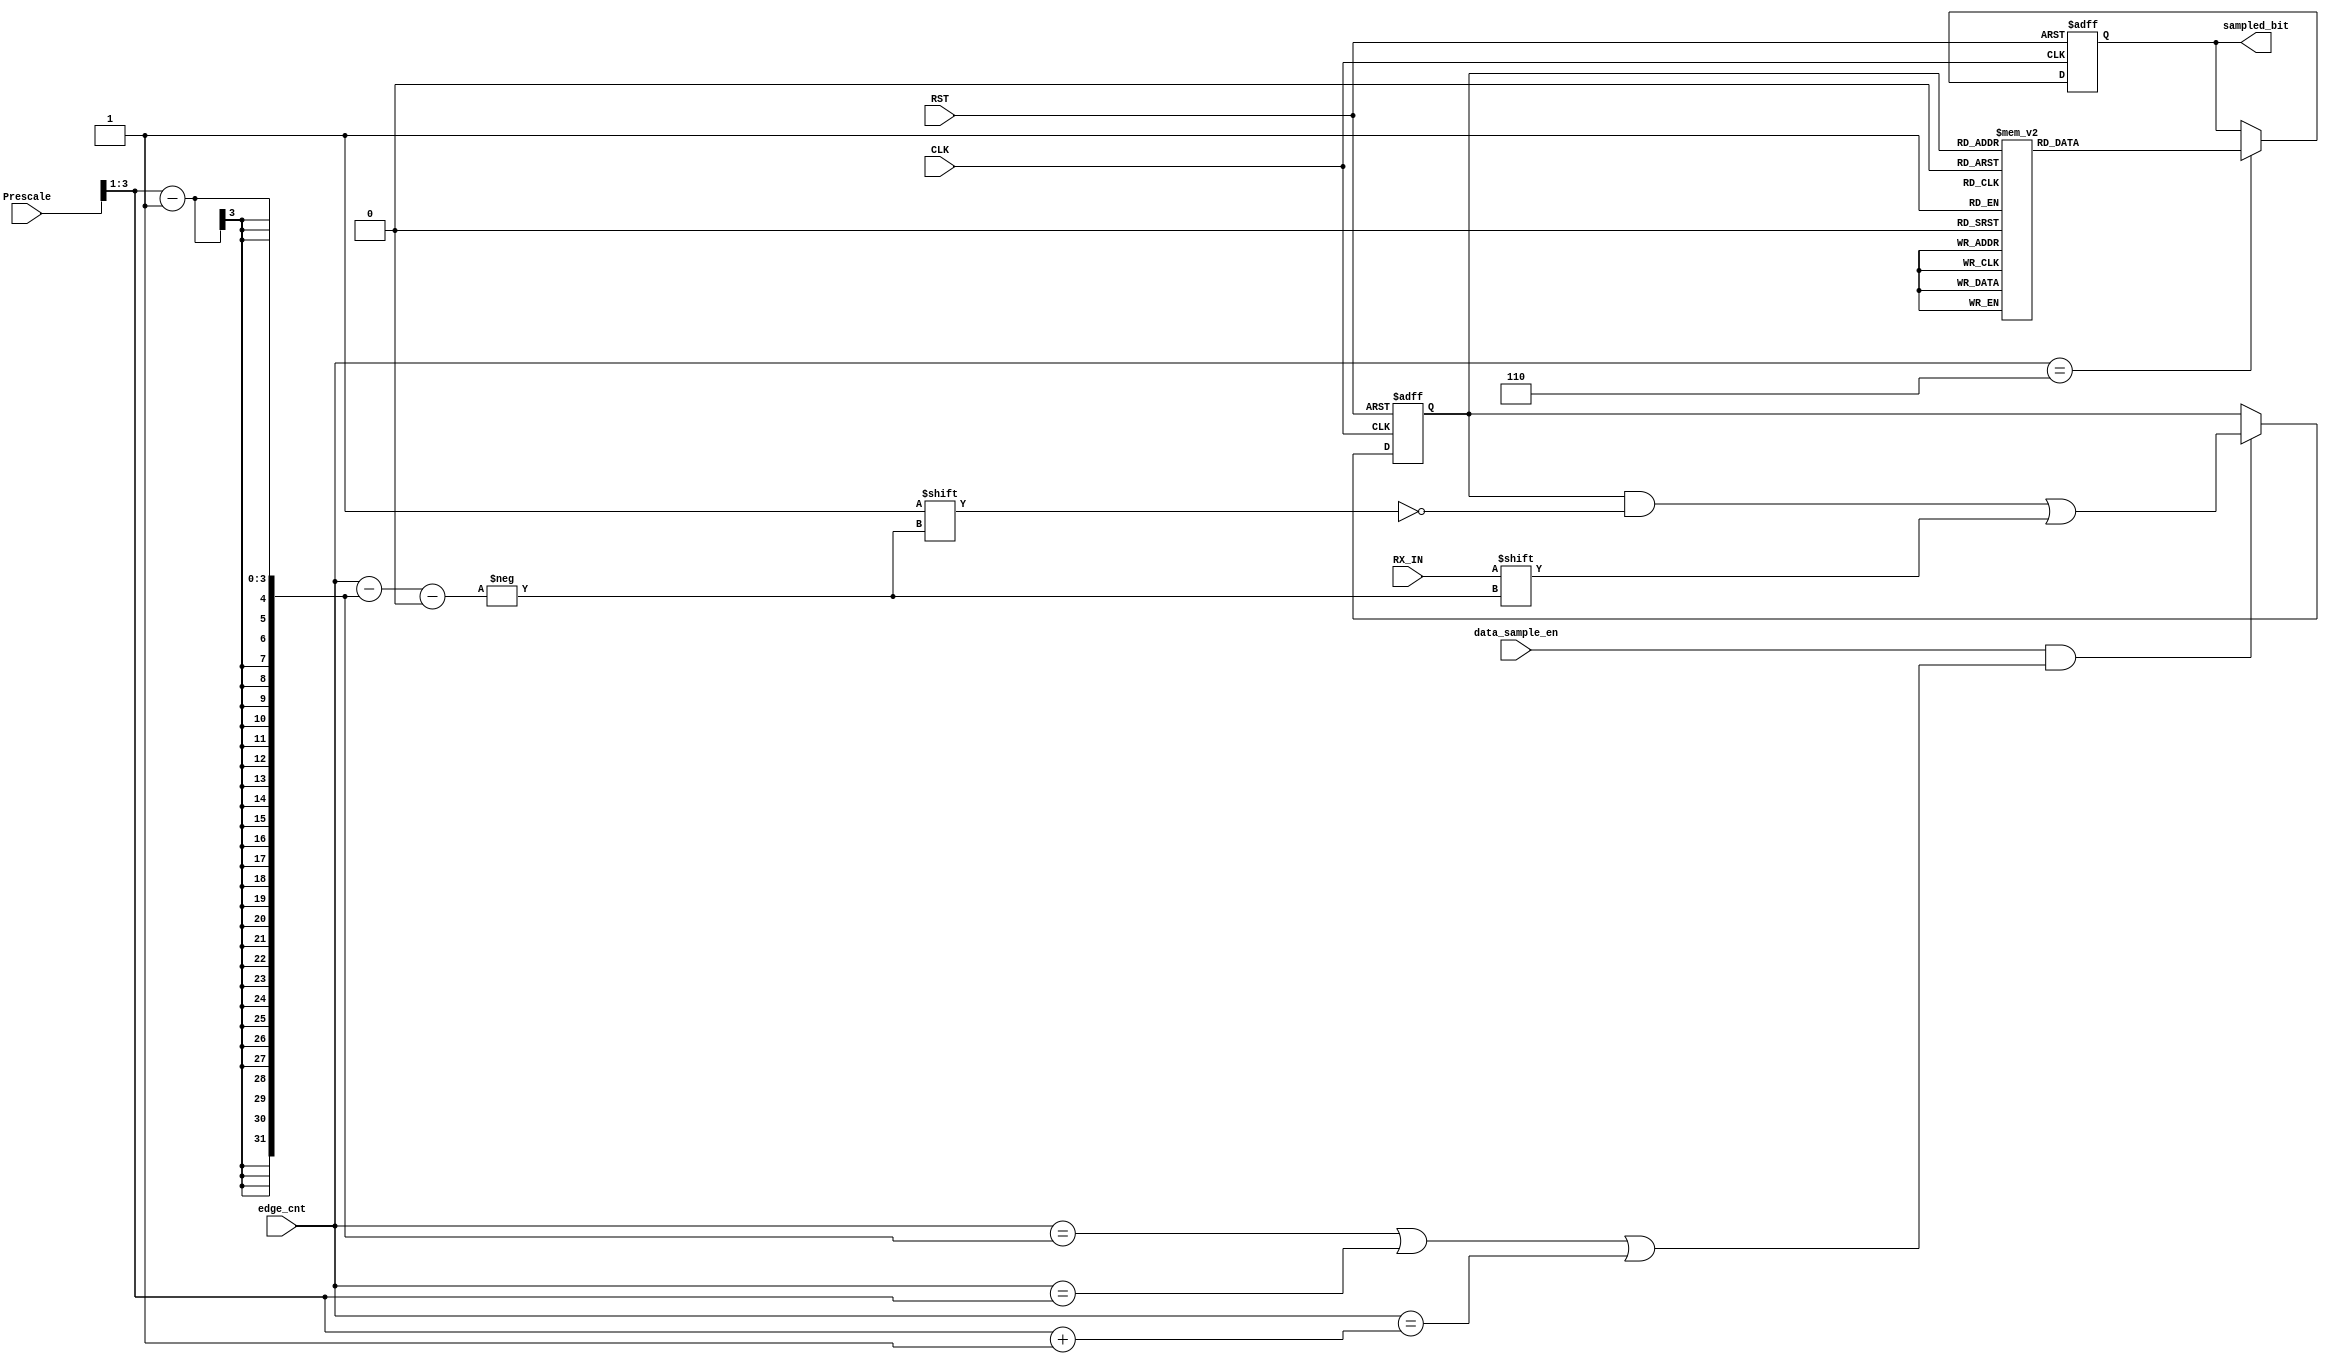
module Data_Sampling (
    input wire data_sample_en, RX_IN, CLK, RST,
    input wire [2:0]    edge_cnt,
    input wire [3:0]    Prescale,
    output reg sampled_bit
);

reg [2:0] buffer;
reg [2:0] sample_time;  
reg sampled_bit_c;

always @(posedge CLK or negedge RST) 
begin
    if(!RST)
    begin
        buffer <= 1'b0;
        sample_time <= (Prescale>>1)-1;
    end
    //else if(data_sample_en && ((edge_cnt == (Prescale>>1)-1) || (edge_cnt == (Prescale>>1)) || (edge_cnt == (Prescale>>1)+1)))
    else if(data_sample_en && ((edge_cnt == ((Prescale>>1)-1)) || (edge_cnt == ((Prescale>>1))) || (edge_cnt == ((Prescale>>1)+1))))
    begin
        buffer[edge_cnt-((Prescale>>1)-1)] <= RX_IN;
    end
end


//-----output the most occured value---------//
always @(*) 
begin
    case (buffer)
        3'b000: sampled_bit_c = 1'b0;
        3'b001: sampled_bit_c = 1'b0;
        3'b010: sampled_bit_c = 1'b0;
        3'b011: sampled_bit_c = 1'b1;
        3'b100: sampled_bit_c = 1'b0;
        3'b101: sampled_bit_c = 1'b1;
        3'b110: sampled_bit_c = 1'b1;
        3'b111: sampled_bit_c = 1'b1; 
        default: sampled_bit_c = 1'b1;
    endcase    
end

always @(posedge CLK or negedge RST) 
begin
    if(!RST)
    begin
        sampled_bit <= 1'b0;
    end
    else if(edge_cnt == 3'b110)
    begin
        sampled_bit <= sampled_bit_c;
    end
end
    
endmodule